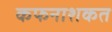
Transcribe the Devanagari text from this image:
कफनाशकत